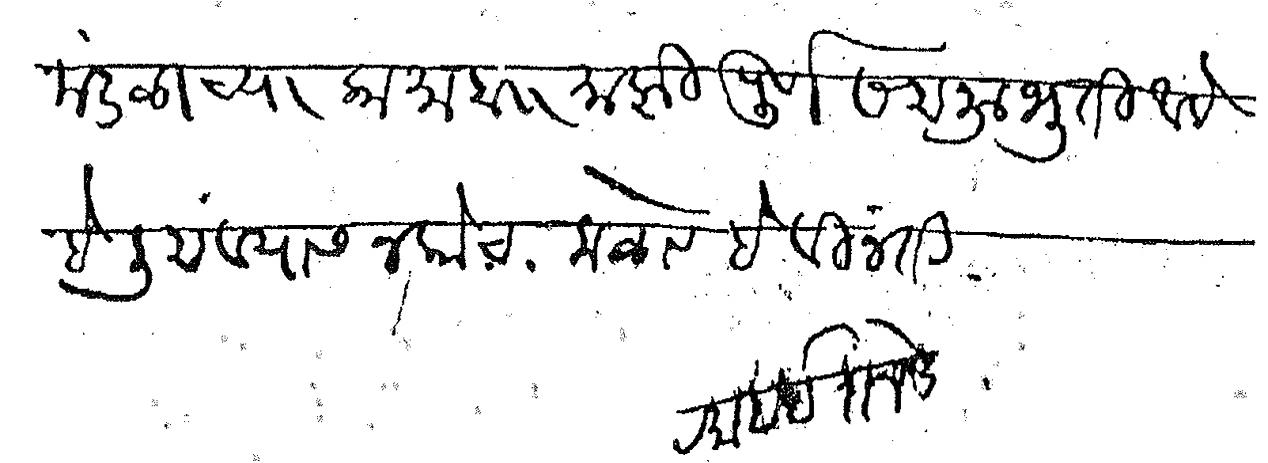
Transliteration (Devanagari): मंडळाच्या कामाब माझी पूर्ण सहानुभूती आहे हे लिहावयास नकोच कळावे हे विनंती रमाबाई रानडे